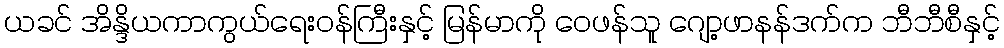
ယခင် အိန္ဒိယကာကွယ်ရေးဝန်ကြီးနှင့် မြန်မာကို ဝေဖန်သူ ဂျော့ဖာနန်ဒက်က ဘီဘီစီနှင့်